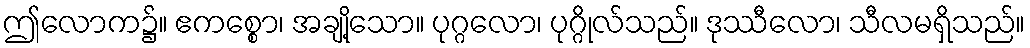
ဤလောက၌။ ဧကစ္စော၊ အချို့သော။ ပုဂ္ဂလော၊ ပုဂ္ဂိုလ်သည်။ ဒုဿီလော၊ သီလမရှိသည်။